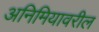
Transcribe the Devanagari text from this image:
अनिमियावरील